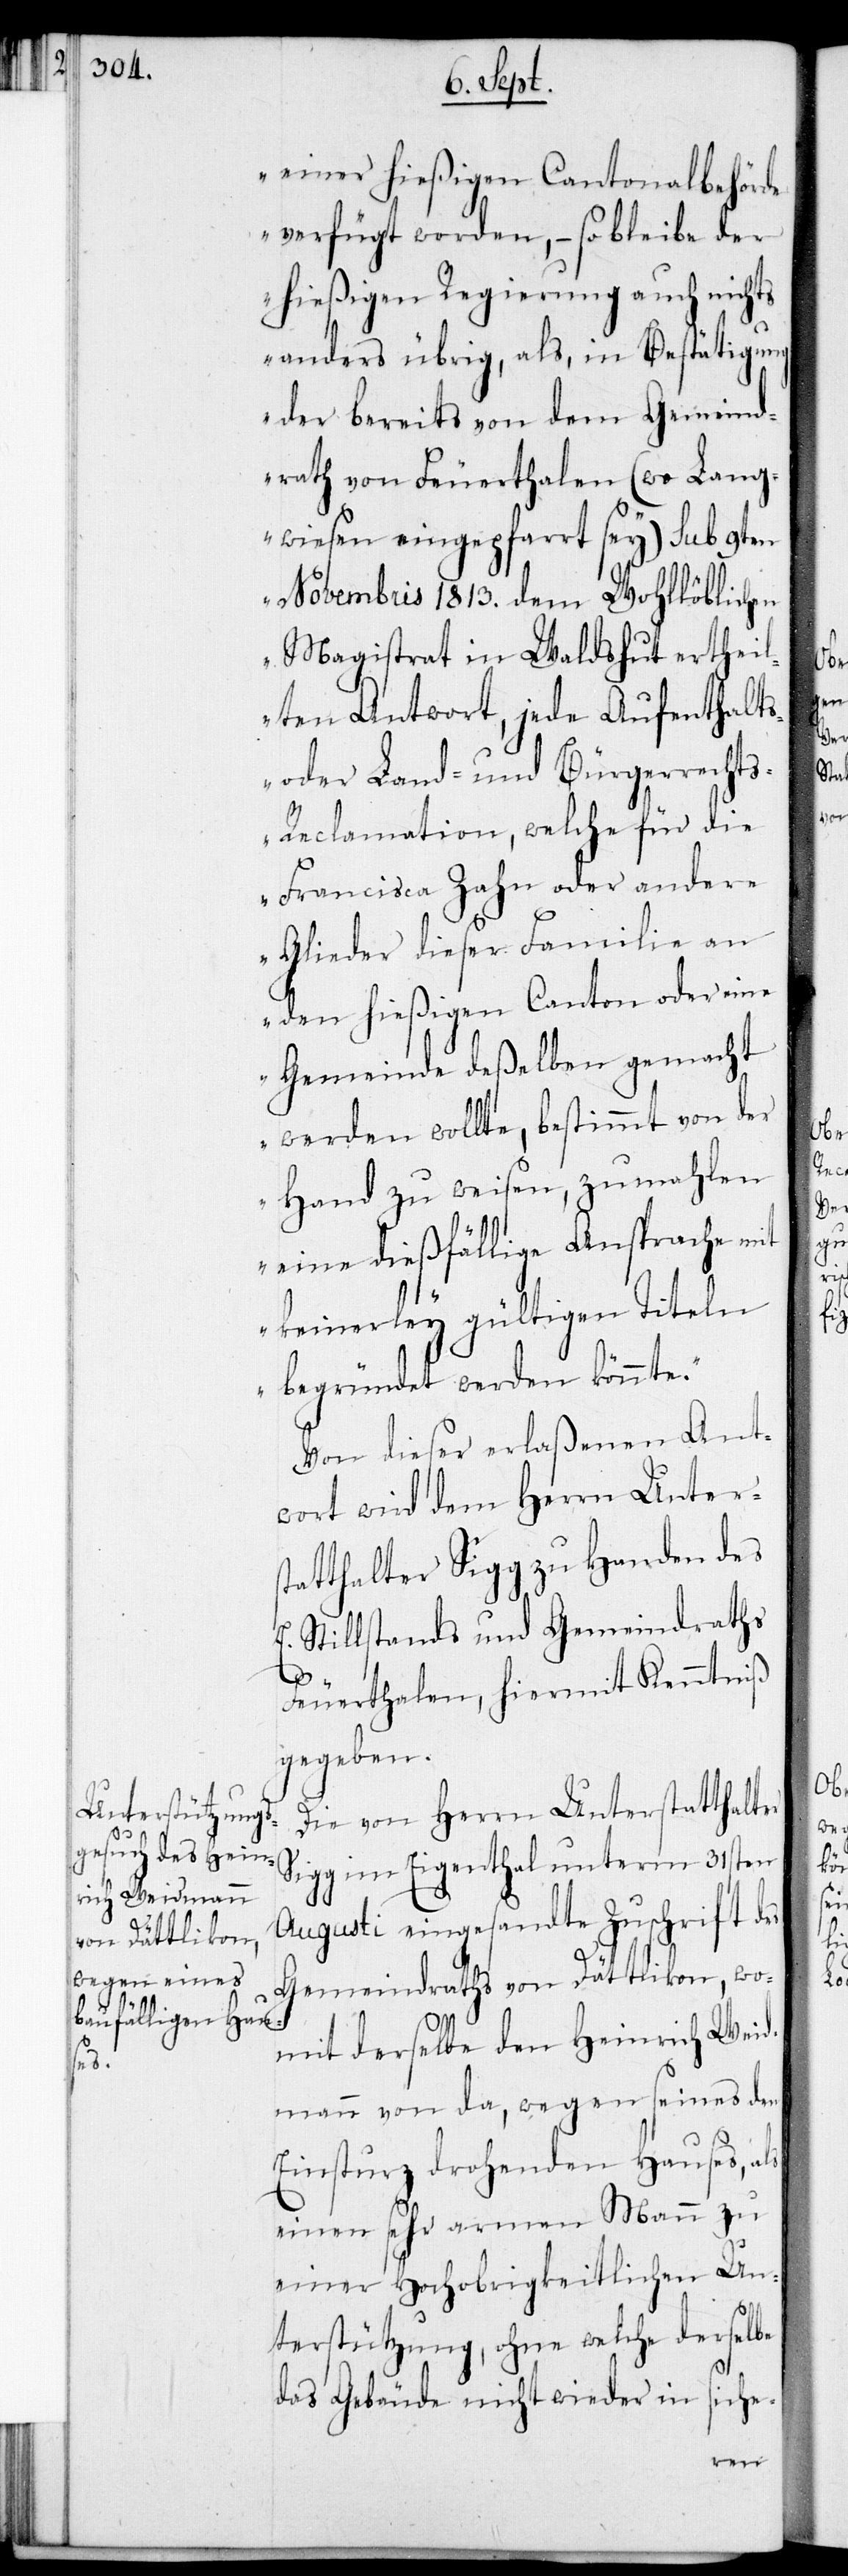
einer hießigen Cantonalbehörde
verfügt worden, – so bleibe der
hießigen Regierung auch nichts
anders übrig, als, in Bestätigung
der bereits von dem Gemeind¬
rath von Feuerthalen (wo Lang¬
wiesen eingepfarrt sey) sub 9ten
Novembris 1813. dem Wohllöblichen
Magistrat in Waldshut ertheil¬
ten Antwort, jede Aufenthalts-
oder Land- und Bürgerrecht¬
s-Reclamation, welche für die
Francisca Zahn oder andere
Glieder dieser Familie an
den hießigen Canton oder eine
Gemeinde deßelben gemacht
werden wollte, bestimmt von der
Hand zu weisen, zumahlen
eine dießfällige Ansprache mit
keinerley gültigen Titeln
begründet werden könnte.“
Von dieser erlaßenen Ant¬
wort wird dem Herrn Unters¬
tatthalter Sigg zu Handen des
E. Stillstandes und Gemeindraths
Feuerthalen, hiermit Kenntniß
gegeben.
Die von Herrn Unterstatthalter
Sigg im Eigenthal unterm 31sten
Augusti eingesandte Zuschrift d¬
Gemeindraths von Dättlikon, wo¬
mit derselbe den Heinrich Weid¬
mann von da, wegen seines den
Einsturz drohenden Hauses, als
einen sehr armen Mann zu
einer Hochobrigkeitlichen Un¬
terstützung, ohne welche derselbe
das Gebäude nicht wieder in siche-

es